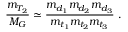
\frac { m _ { T _ { 2 } } } { M _ { G } } \simeq \frac { m _ { d _ { 1 } } m _ { d _ { 2 } } m _ { d _ { 3 } } } { m _ { t _ { 1 } } m _ { t _ { 2 } } m _ { t _ { 3 } } } ~ .